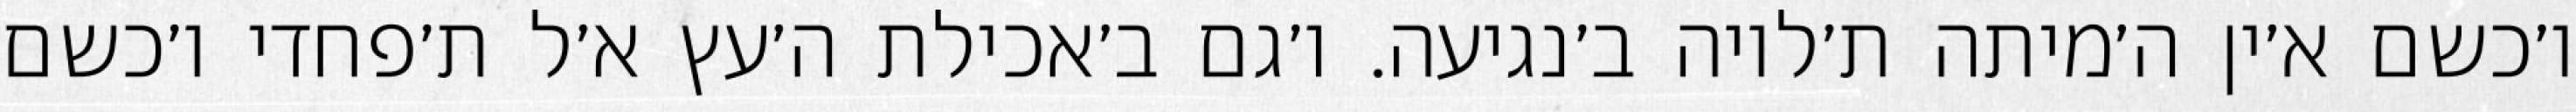
ו׳כשם א׳ין ה׳מיתה ת׳לויה ב׳נגיעה. ו׳גם ב׳אכילת ה׳עץ א׳ל ת׳פחדי ו׳כשם